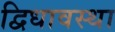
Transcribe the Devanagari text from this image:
द्विधावस्था